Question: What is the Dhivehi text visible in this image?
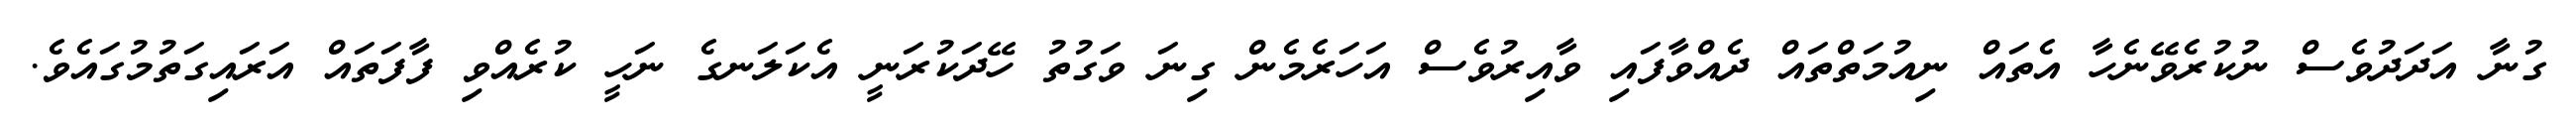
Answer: ގުނާ އަދަދުވެސް ނުކުރެވޭނެހާ އެތައް ނިއުމަތްތައް ދެއްވާފައި ވާއިރުވެސް އަހަރެމެން ގިނަ ވަގުތު ހޭދަކުރަނީ އެކަލަނގެ ނަހީ ކުރެއްވި ފާފަތައް އަރައިގަތުމުގައެވެ.